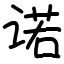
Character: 诺